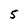
Character: 5